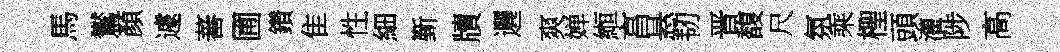
馬鸑顏遽蕃圃鑽隹性細斳牘邐爽婵縆亯悬韧晋馥尺氛乘檉頭灌陟高